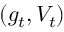
( g _ { t } , V _ { t } )